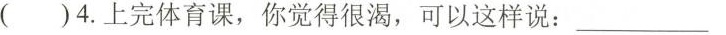
( )4.上完体育课,你觉得很渴,可以这样说:___